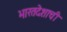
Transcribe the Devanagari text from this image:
भारतदेशाची